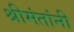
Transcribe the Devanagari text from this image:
श्रीमंतांनी